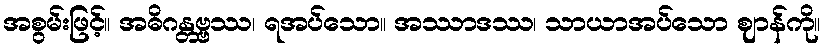
အစွမ်းဖြင့်။ အဓိဂန္တဗ္ဗဿ၊ ရအပ်သော။ အဿာဒဿ၊ သာယာအပ်သော ဈာန်ကို။